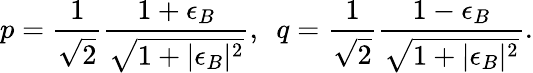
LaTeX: p={\frac{1}{\sqrt{2}}}{\frac{1+\epsilon_{B}}{\sqrt{1+|\epsilon_{B}|^{2}}}},~~q={\frac{1}{\sqrt{2}}}{\frac{1-\epsilon_{B}}{\sqrt{1+|\epsilon_{B}|^{2}}}}.